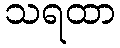
သရထာ